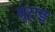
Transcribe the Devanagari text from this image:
यूराइ